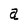
Character: a